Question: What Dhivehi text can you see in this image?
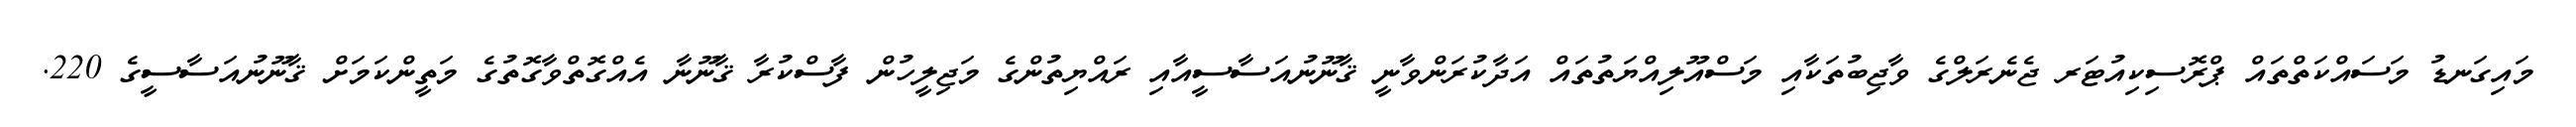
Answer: މައިގަނޑު މަސައްކަތްތައް ޕްރޮސިކިއުޓަރ ޖެނެރަލްގެ ވާޖިބުތަކާއި މަސްއޫލިއްޔަތުތައް އަދާކުރަންވާނީ ޤާނޫނުއަސާސީއާއި ރައްޔިތުންގެ މަޖިލީހުން ފާސްކުރާ ޤާނޫނާ އެއްގޮތްވާގޮތުގެ މަތީންކަމަށް ޤާނޫނުއަސާސީގެ 220.